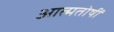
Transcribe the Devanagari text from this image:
आत्मतोषीं